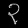
Digit: ၃